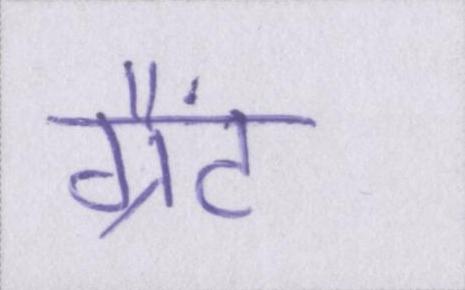
ग्रैंट